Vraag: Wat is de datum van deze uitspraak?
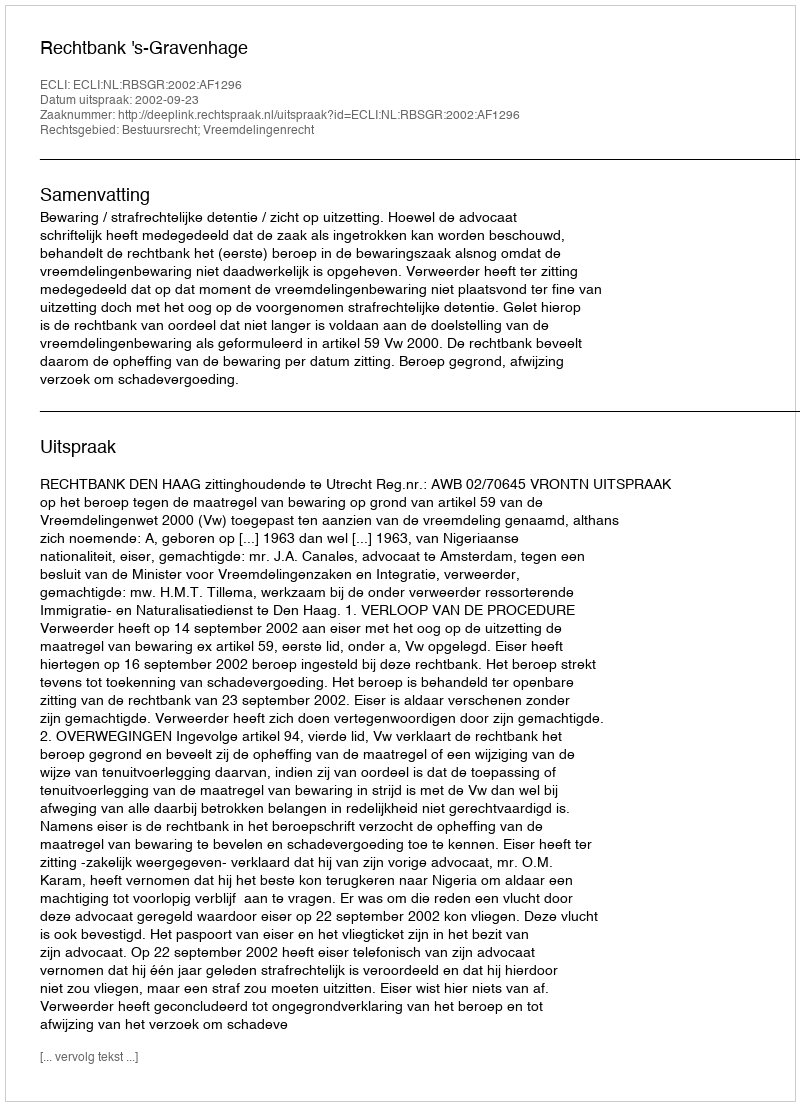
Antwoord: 2002-09-23